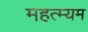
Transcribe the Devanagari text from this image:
महत्म्यम